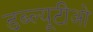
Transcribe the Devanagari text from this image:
डब्‍ल्यूटीओ